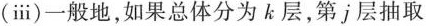
(ⅲ)一般地，如果总体分为k层，第j层抽取